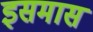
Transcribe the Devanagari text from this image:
इसमास